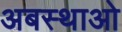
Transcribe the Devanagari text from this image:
अबस्थाओ